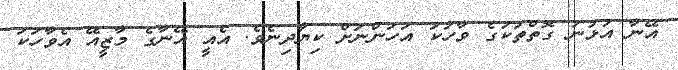
އޭނާ އުޅުނު ގޮތްތަކުގެ ވާހަކަ އަހަންނަށް ކިޔާދިނެވެ. އެއީ އޭނާގެ މާޒީއޭ އެވާހަކަ